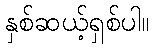
နှစ်ဆယ့်ရှစ်ပါ။